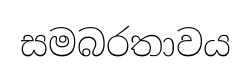
සමබරතාවය